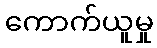
ကောက်ယူမှု